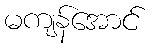
မကျန်အောင်